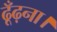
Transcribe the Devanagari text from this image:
ढूँढ़ना।